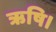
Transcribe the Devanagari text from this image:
ऋषि।